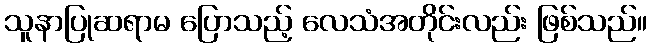
သူနာပြုဆရာမ ပြောသည့် လေသံအတိုင်းလည်း ဖြစ်သည်။